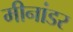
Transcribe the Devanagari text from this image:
मीनांडर